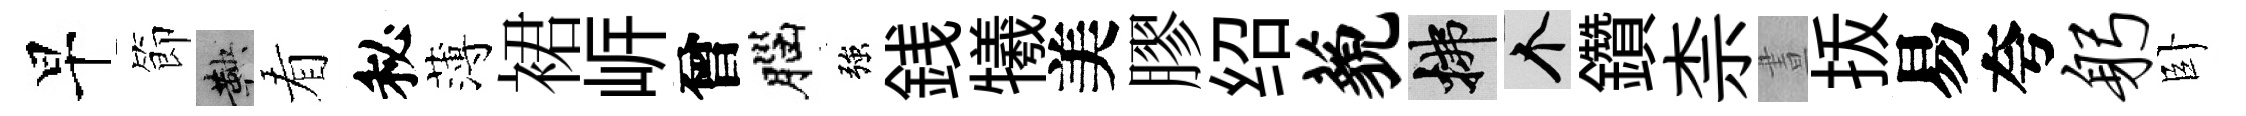
早節鞅看秘薄裙㟁曾腦強銭犧美膠绍藐拂个鑽柰晝㧞易夸躬卧